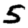
Digit: 5